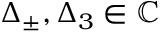
\Delta _ { \pm } , \Delta _ { 3 } \in \mathbb { C }